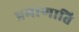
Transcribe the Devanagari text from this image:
प्रमाणाति